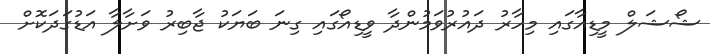
ޝޯޝަލް މީޑިއާގައި މިހާރު ދައުރުވަމުންދާ ވީޑިއޯގައި ގިނަ ބަޔަކު ޖާބިރު ވަށާލާ އަޑުގަދަކޮށް